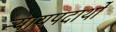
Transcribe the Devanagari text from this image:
न्यायपदार्थों